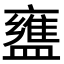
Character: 𬐷